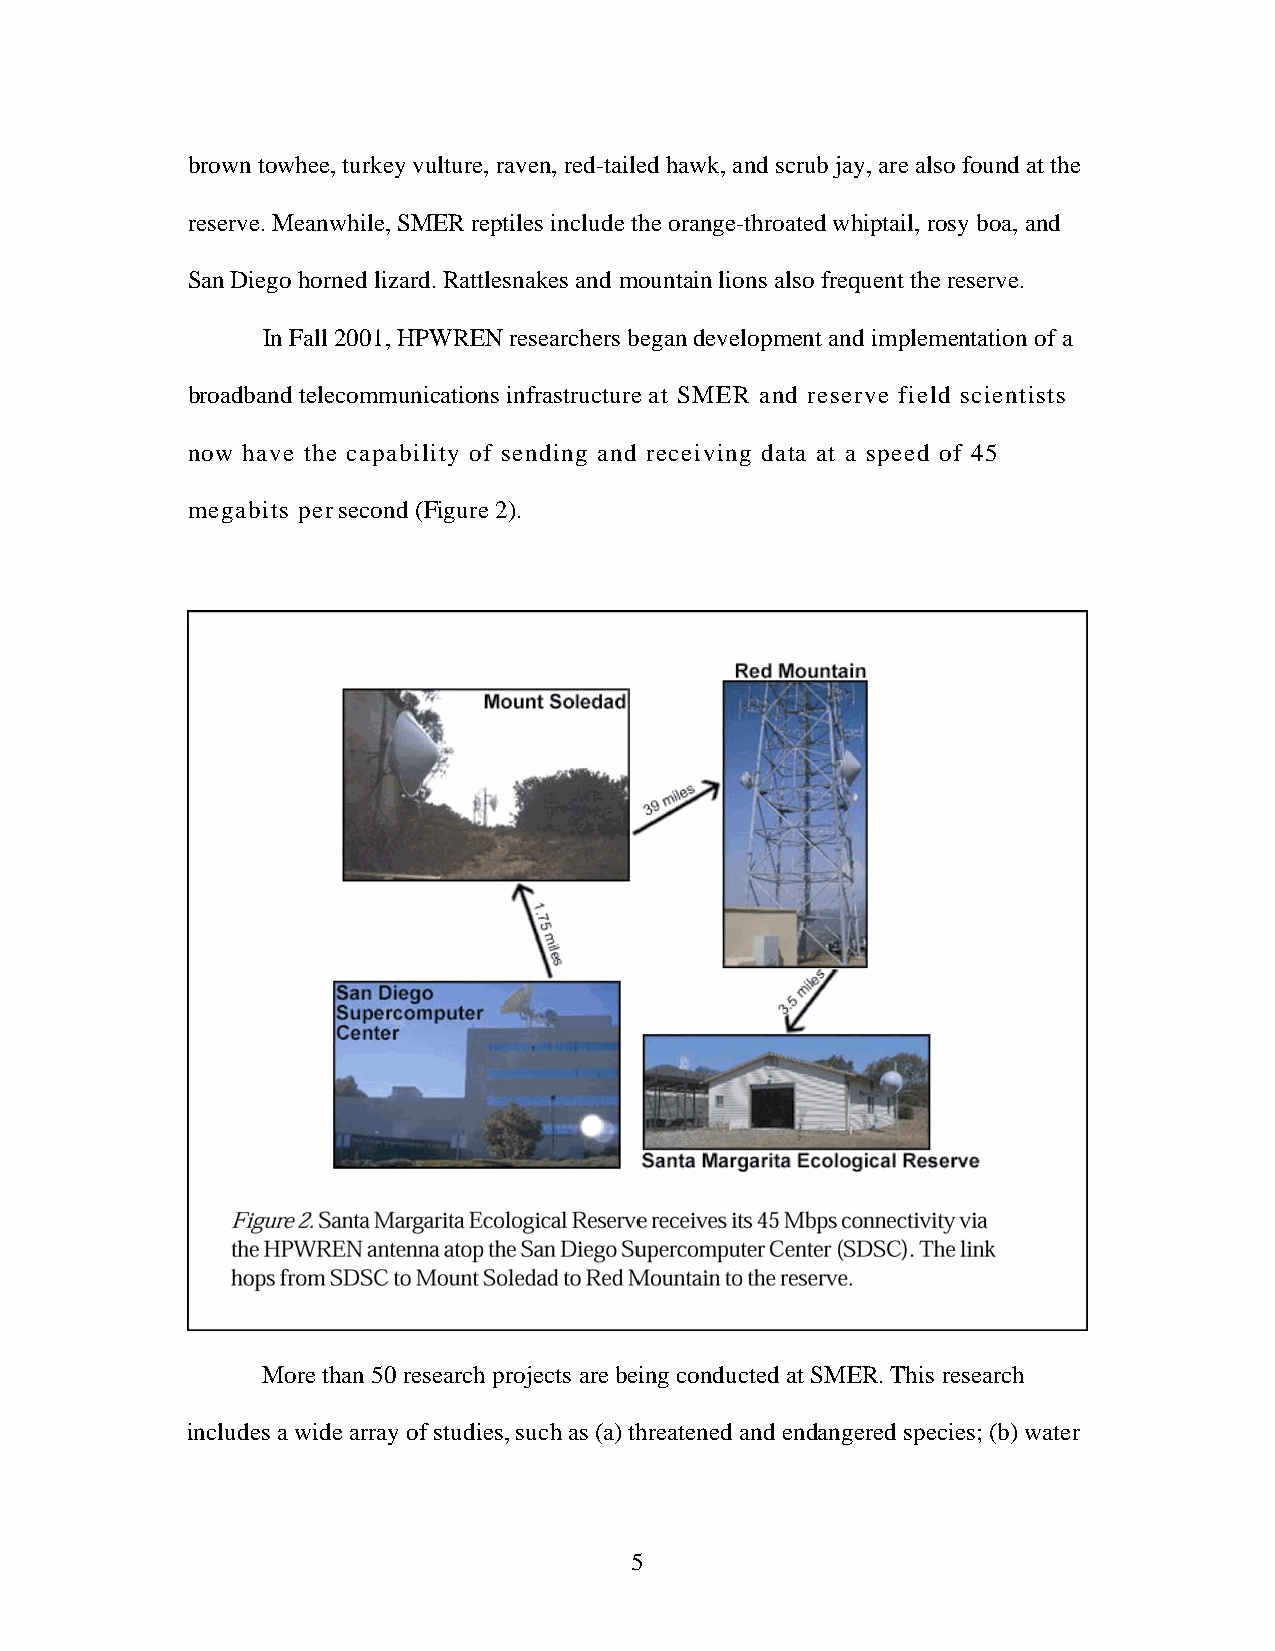
brown towhee, turkey vulture, raven, red-tailed hawk, and scrub jay, are also found at the
 reserve. Meanwhile, SMER reptiles include the orange-throated whiptail, rosy boa, and
 San Diego horned lizard. Rattlesnakes and mountain lions also frequent the reserve.
 In Fall 2001, HPWREN researchers began development and implementation of a
 broadband telecommunications infrastructure at SMER and reserve field scientists
 now have the capability of sending and receiving data at a speed of 45
 megabits per second (Figure 2).
 More than 50 research projects are being conducted at SMER. This research
 includes a wide array of studies, such as (a) threatened and endangered species; (b) water
 5